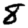
Digit: 8